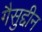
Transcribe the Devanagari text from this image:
गैसुद्दीन